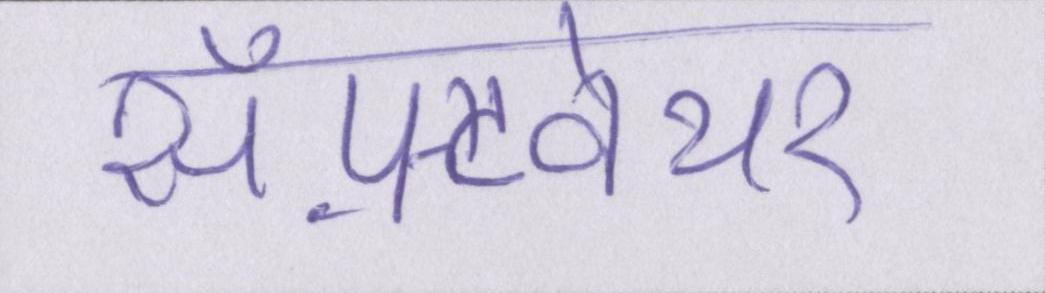
सॉफ़्टवेयर